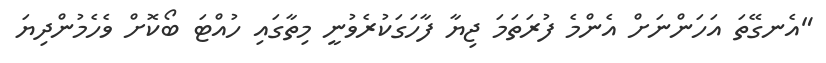
"އެނގޭތަ އަހަންނަށް އެންމެ ފުރަތަމަ ޖިޔާ ފާހަގަކުރެވުނީ މިތާގައި ހުއްޓަ ބޯކޮށް ވެހެމުންދިޔަ